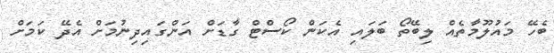
ބެހޭ މައުލޫމާތެއް ލިބޭތޯ ބަލައި އެކަން ކޯސްޓް ގާޑަށް އަންގައިދިނުމަށް އެދޭ ކަމަށް